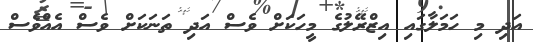
އަދި މި ހަމަލާގައި އިޒްރޭލުގެ މީހަކަށް ވެސް އަދި ތަނަކަށް ވެސް އެއްވެސް